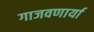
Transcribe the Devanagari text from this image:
गाजवणार्या